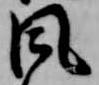
風